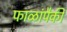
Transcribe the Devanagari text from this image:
फाळांपैकी